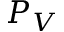
P _ { V }